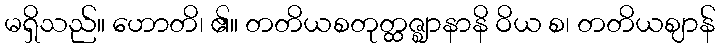
မရှိသည်။ ဟောတိ၊ ၏။ တတိယစတုတ္ထဇ္ဈာနာနိ ဝိယ စ၊ တတိယဈာန်